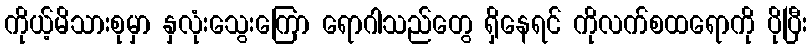
ကိုယ့်မိသားစုမှာ နှလုံးသွေးကြော ရောဂါသည်တွေ ရှိနေရင် ကိုလက်စထရောကို ပိုပြီး